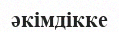
әкімдікке